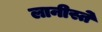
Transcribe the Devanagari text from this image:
लानीस्ते